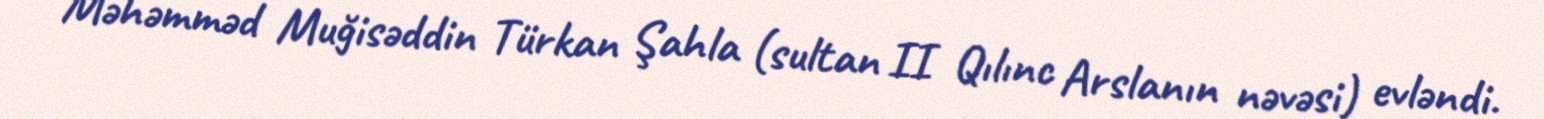
Məhəmməd Muğisəddin Türkan Şahla (sultan II Qılınc Arslanın nəvəsi) evləndi.